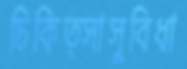
চিকিত্সাসুবিধা